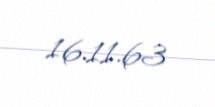
16.11.63